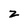
Character: z